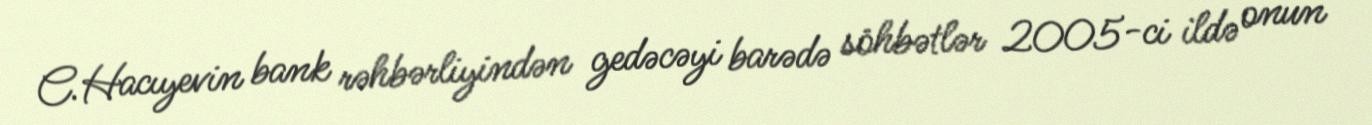
C.Hacıyevin bank rəhbərliyindən gedəcəyi barədə söhbətlər 2005-ci ildə onun